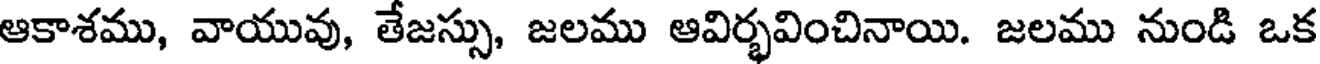
ఆకాశము, వాయువు, తేజస్సు, జలము ఆవిర్భవించినాయి. జలము నుండి ఒక